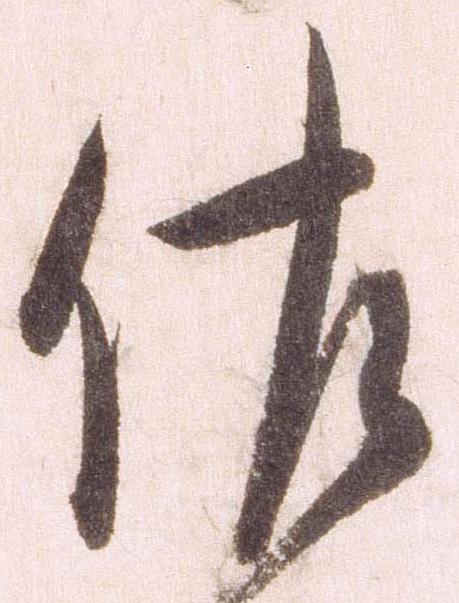
佐